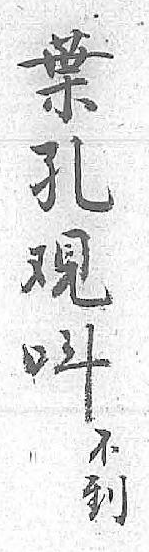
葉呌不孔 到覌